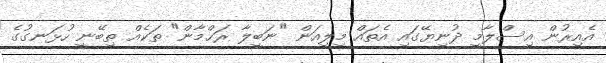
އެއިރުން އިސްލާމީ ދުނިޔޭގައި އެތައް މިލިއަން "ނަބީލާ ރަޙްމާން" ތަކެއް ތިބޭނީ ހުޅަނގުގެ